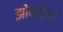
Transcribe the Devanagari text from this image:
झोपड़िया